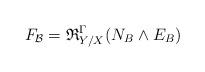
LaTeX: \begin{align*} F_{\mathcal{B}} = \mathfrak{R}_{Y/X}^{\Gamma}(N_B \wedge E_B) \end{align*}